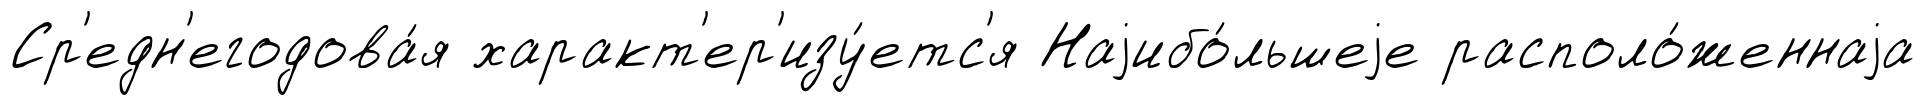
Ср'едн'егодова́я характ'ер'изу́етс'я Наjибо́льшеjе располо́женнаjа